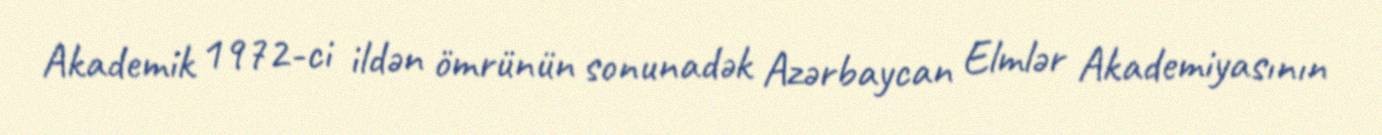
Akademik 1972-ci ildən ömrünün sonunadək Azərbaycan Elmlər Akademiyasının